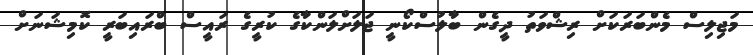
މަޖިލިސް މެންބަރަަކަށް ރިޝްވަތު ދީގެން ބާލުސްކޯނީ ޖަލަށްލަންކާގެ ކުރީގެ ރައީސް ބްރައިބަރީ ކޮމިޝަނަށް